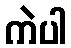
ကဲပါ